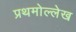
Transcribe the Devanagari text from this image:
प्रथमोल्लेख